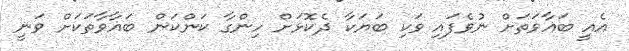
އެއީ ބަޣާވަތަށް ނުވެފައި ވަކި ބަޔަކާ ދެކޮޅަށް ހިންގާ ކަންކަން ބަޣާވާތަކަށް ވަނީ